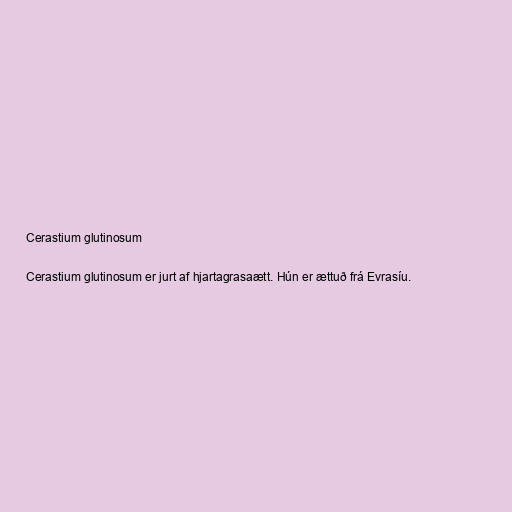
Cerastium glutinosum

Cerastium glutinosum er jurt af hjartagrasaætt. Hún er ættuð frá Evrasíu.